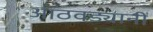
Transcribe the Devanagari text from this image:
आठवड्यानी